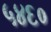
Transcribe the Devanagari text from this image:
५४६०